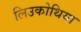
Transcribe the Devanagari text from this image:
लिउकोथिया